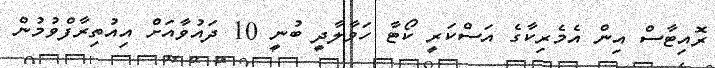
ރޮއިޓާސް އިން އެމެރިކާގެ އަސްކަރީ ކޯޓާ ހަވާލާދީ ބުނީ 10 ދައުވާއަށް އިއުތިރާފްވުމުން